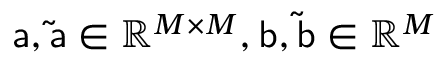
\mathsf { a } , \mathsf { \tilde { a } } \in \mathbb { R } ^ { M \times M } , \mathsf { b } , \mathsf { \tilde { b } } \in \mathbb { R } ^ { M }